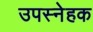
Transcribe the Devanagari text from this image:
उपस्नेहक